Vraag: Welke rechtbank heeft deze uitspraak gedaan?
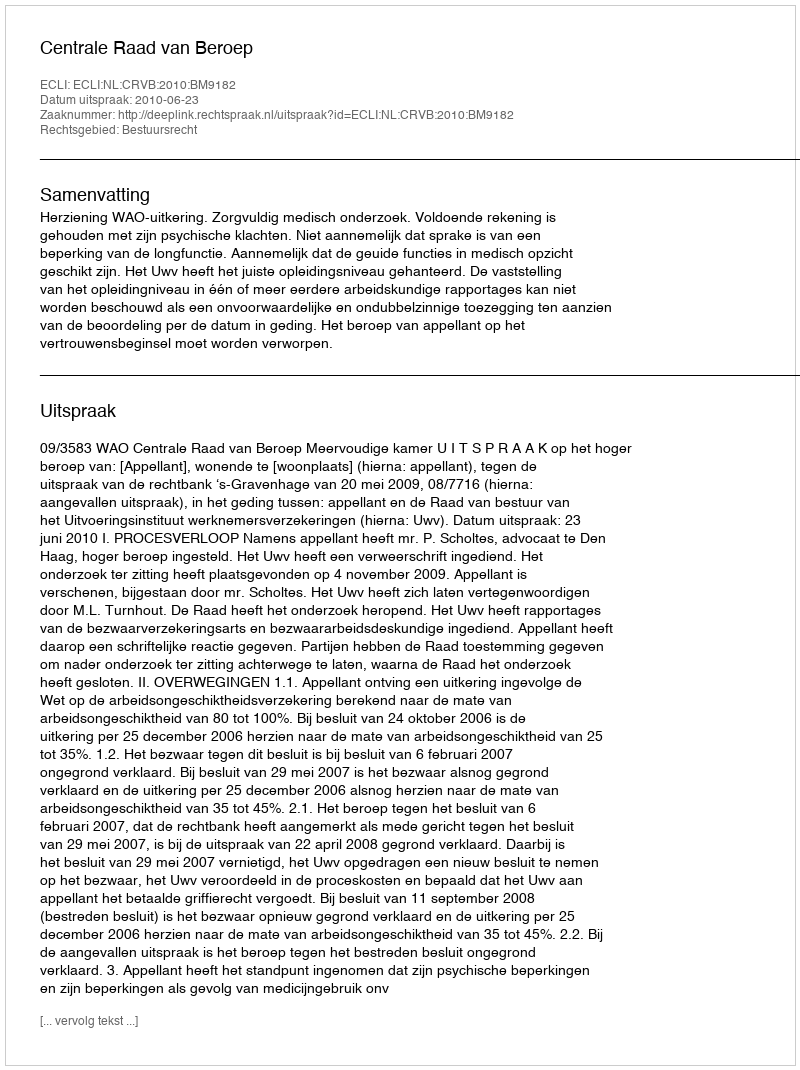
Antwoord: Centrale Raad van Beroep